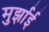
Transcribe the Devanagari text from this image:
मुर्झाई